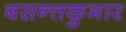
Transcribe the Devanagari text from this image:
बसन्तकुमार